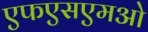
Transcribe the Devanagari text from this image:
एफएसएमओ